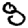
Digit: 8